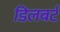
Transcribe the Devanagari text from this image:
डिलबर्ट